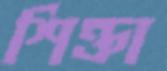
শিক্তা